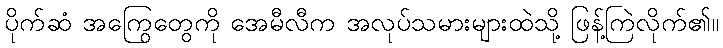
ပိုက်ဆံ အကြွေတွေကို အေမီလီက အလုပ်သမားများထဲသို့ ဖြန့်ကြဲလိုက်၏။